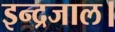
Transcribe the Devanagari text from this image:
इन्द्रजाल।